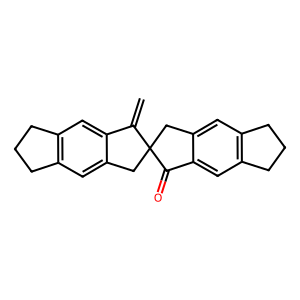
SMILES: C=C1c2cc3c(cc2CC12Cc1cc4c(cc1C2=O)CCC4)CCC3
Inhibits HIV replication: No